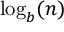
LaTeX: \log _ { b } ( n )